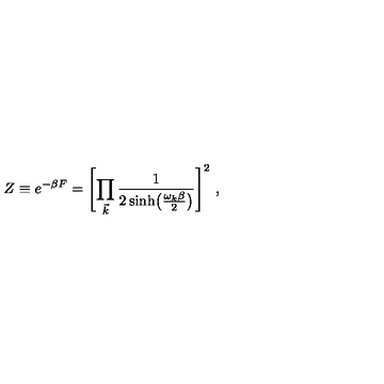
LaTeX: Z \equiv e ^ { - \beta F } = \Biggl [ \prod _ { \vec { k } } { \frac { 1 } { 2 \sinh \bigl ( { \frac { \omega _ { k } \beta } { 2 } } \bigr ) } } \Biggr ] ^ { 2 } \ ,